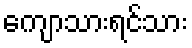
ကျောသားရင်သား